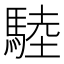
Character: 𩣱